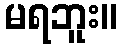
မရဘူး။